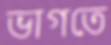
ভাগতে